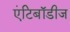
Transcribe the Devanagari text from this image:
एंटिबॉडीज